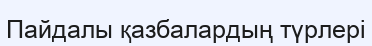
Пайдалы қазбалардың түрлері